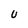
Character: U